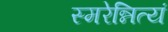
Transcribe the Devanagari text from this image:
स्मरेन्नित्यं